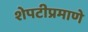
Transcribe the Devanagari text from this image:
शेपटीप्रमाणे